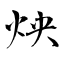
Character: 炴